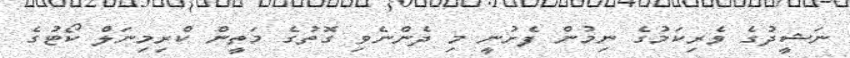
ނަޝީދުގެ ވެރިކަމުގެ ނިމުން ފެށުނީ މި ދެންނެވި ގޮތުގެ މަތީން ކްރިމިނަލް ކޯޓުގެ